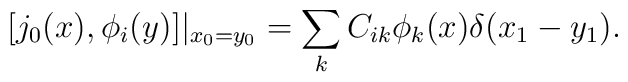
[j_0(x), \phi_i(y)]|_{x_0=y_0} = \sum_k C_{ik}\phi_k(x) \delta(x_1-y_1).